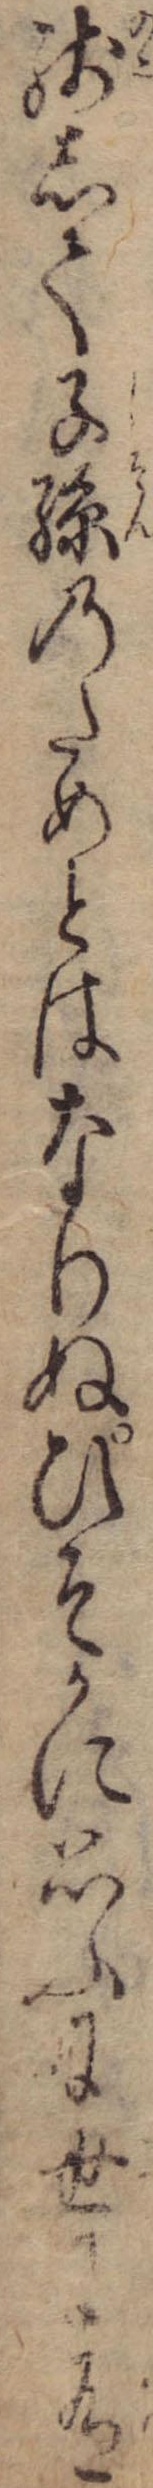
残して子孫のためとはなりぬひそかに思ふに世に有